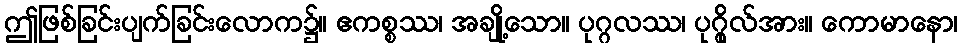
ဤဖြစ်ခြင်းပျက်ခြင်းလောက၌။ ဧကစ္စဿ၊ အချို့သော။ ပုဂ္ဂလဿ၊ ပုဂ္ဂိုလ်အား။ ကောမာနော၊